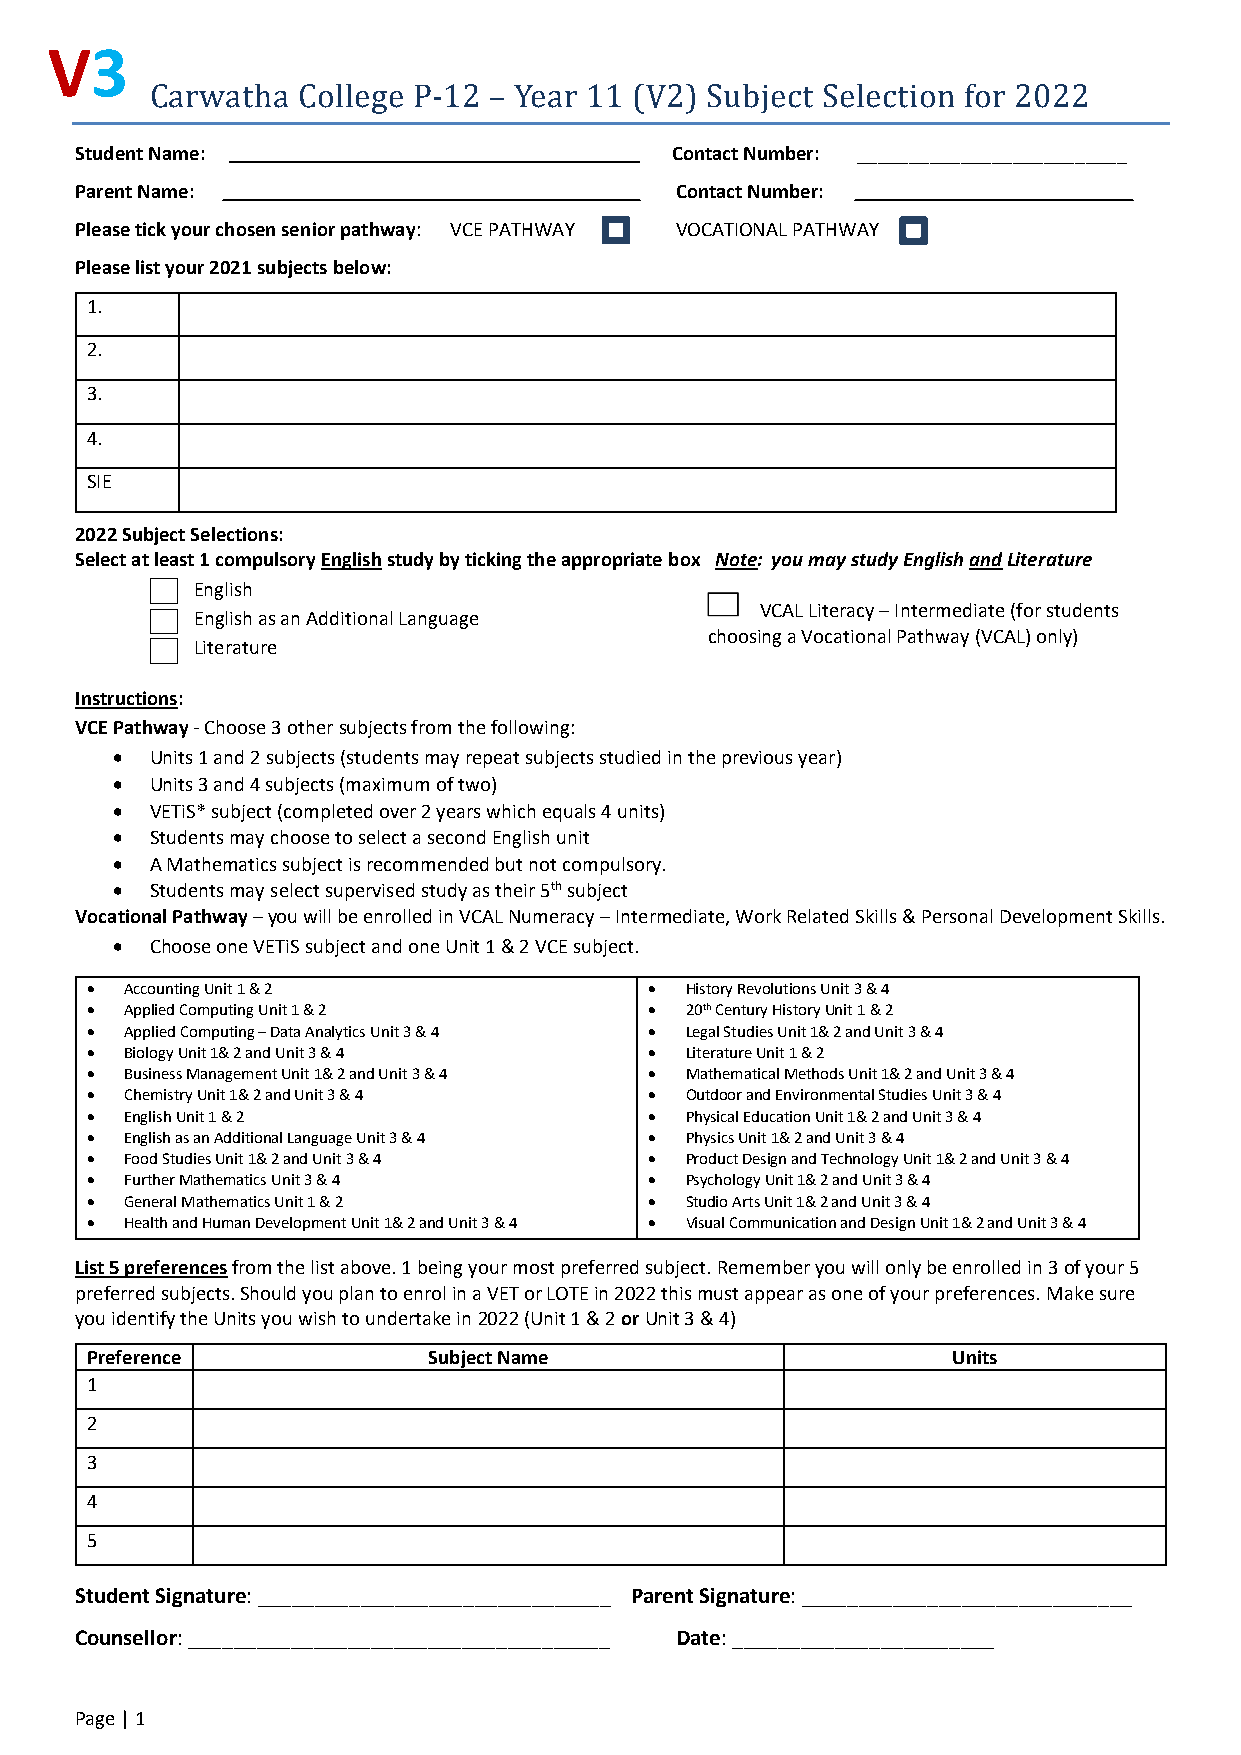
V3
 Carwatha  College P-12 – Year 11 (V2) Subject Selection for 2022
 Student Name:                          Contact Number: __________________________
 Parent Name:                            Contact Number:
 Please tick your chosen senior pathway: VCE PATHWAY VOCATIONAL PATHWAY
 Please list your 2021 subjects below:
 1.
 2.
 3.
 4.
 SIE
 2022 Subject Selections:
 Select at least 1 compulsory English study by ticking the appropriate box Note: you may study English and Literature
 English
 English as an Additional Language
 VCAL Literacy – Intermediate (for students
 choosing a Vocational Pathway (VCAL) only)
 Literature
 Instructio ns:
 VCE Pathw ay - Choose 3 other subjects from the following:
 •  Units 1 and 2 subjects (students may repeat subjects studied in the previous year)
 •  Units 3 and 4 subjects (maximum of two)
 •  VETiS* subject (completed over 2 years which equals 4 units)
 •  Students may choose to select a second English unit
 •  A Mathematics subject is recommended but not compulsory.
 •  Students may select supervised study as their 5th subject
 Vocational Pathway – you will be enrolled in VCAL Numeracy – Intermediate, Work Related Skills & Personal Development Skills.
 •  Choose one VETiS subject and one Unit 1 & 2 VCE subject.
 • Accounting Unit 1 & 2              • History Revolutions Unit 3 & 4
 • Applied Computing Unit 1 & 2       • 20th Century History Unit 1 & 2
 • Applied Computing – Data Analytics Unit 3 & 4 • Legal Studies Unit 1& 2 and Unit 3 & 4
 • Biology Unit 1& 2 and Unit 3 & 4   • Literature Unit 1 & 2
 • Business Management Unit 1& 2 and Unit 3 & 4 • Mathematical Methods Unit 1& 2 and Unit 3 & 4
 • Chemistry Unit 1& 2 and Unit 3 & 4 • Outdoor and Environmental Studies Unit 3 & 4
 • English Unit 1 & 2                 • Physical Education Unit 1& 2 and Unit 3 & 4
 • English as an Additional Language Unit 3 & 4 • Physics Unit 1& 2 and Unit 3 & 4
 • Food Studies Unit 1& 2 and Unit 3 & 4 • Product Design and Technology Unit 1& 2 and Unit 3 & 4
 • Further Mathematics Unit 3 & 4     • Psychology Unit 1& 2 and Unit 3 & 4
 • General Mathematics Unit 1 & 2     • Studio Arts Unit 1& 2 and Unit 3 & 4
 • Health and Human Development Unit 1& 2 and Unit 3 & 4 • Visual Communication and Design Unit 1& 2 and Unit 3 & 4
 List 5 preferences from the list above. 1 being your most preferred subject. Remember you will only be enrolled in 3 of your 5
 preferred subjects. Should you plan to enrol in a VET or LOTE in 2022 this must appear as one of your preferences. Make sure
 you identify the Units you wish to undertake in 2022 (Unit 1 & 2 or Unit 3 & 4)
 Preference            Subject Name                       Units
 1
 2
 3
 4
 5
 Student Signature: _______________________________ Parent Signature: _____________________________
 Counsellor: _____________________________________ Date: _______________________
 Page | 1